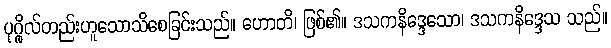
ပုဂ္ဂိုလ်တည်းဟူသောသိစေခြင်းသည်။ ဟောတိ၊ ဖြစ်၏။ ဒသကနိဒ္ဒေသော၊ ဒသကနိဒ္ဒေသ သည်။